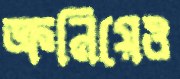
ক্রনিয়েও